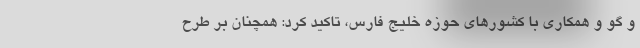
و گو و همکاری با کشورهای حوزه خلیج فارس، تاکید کرد: همچنان بر طرح